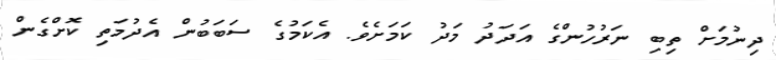
ދިނުމަށް ތިބި ނަރުހުންގެ އަދަދު މަދު ކަމަށެވެ. އެކަމުގެ ސަބަބުން އެދުމަތި ކޮށްގެން